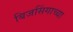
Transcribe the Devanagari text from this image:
बिजसिंगाच्या